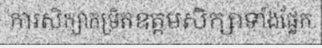
ការសិក្សាកម្រិតឧត្តមសិក្សាទាំងផ្នែក